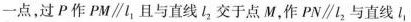
一点，过P作MP\parallel l_{ 1 }且与直线l_{ 2 }交于点M，做PN\parallel l_{ 2 }与直线l_{ 1 }